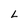
Character: L